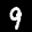
Label: 9